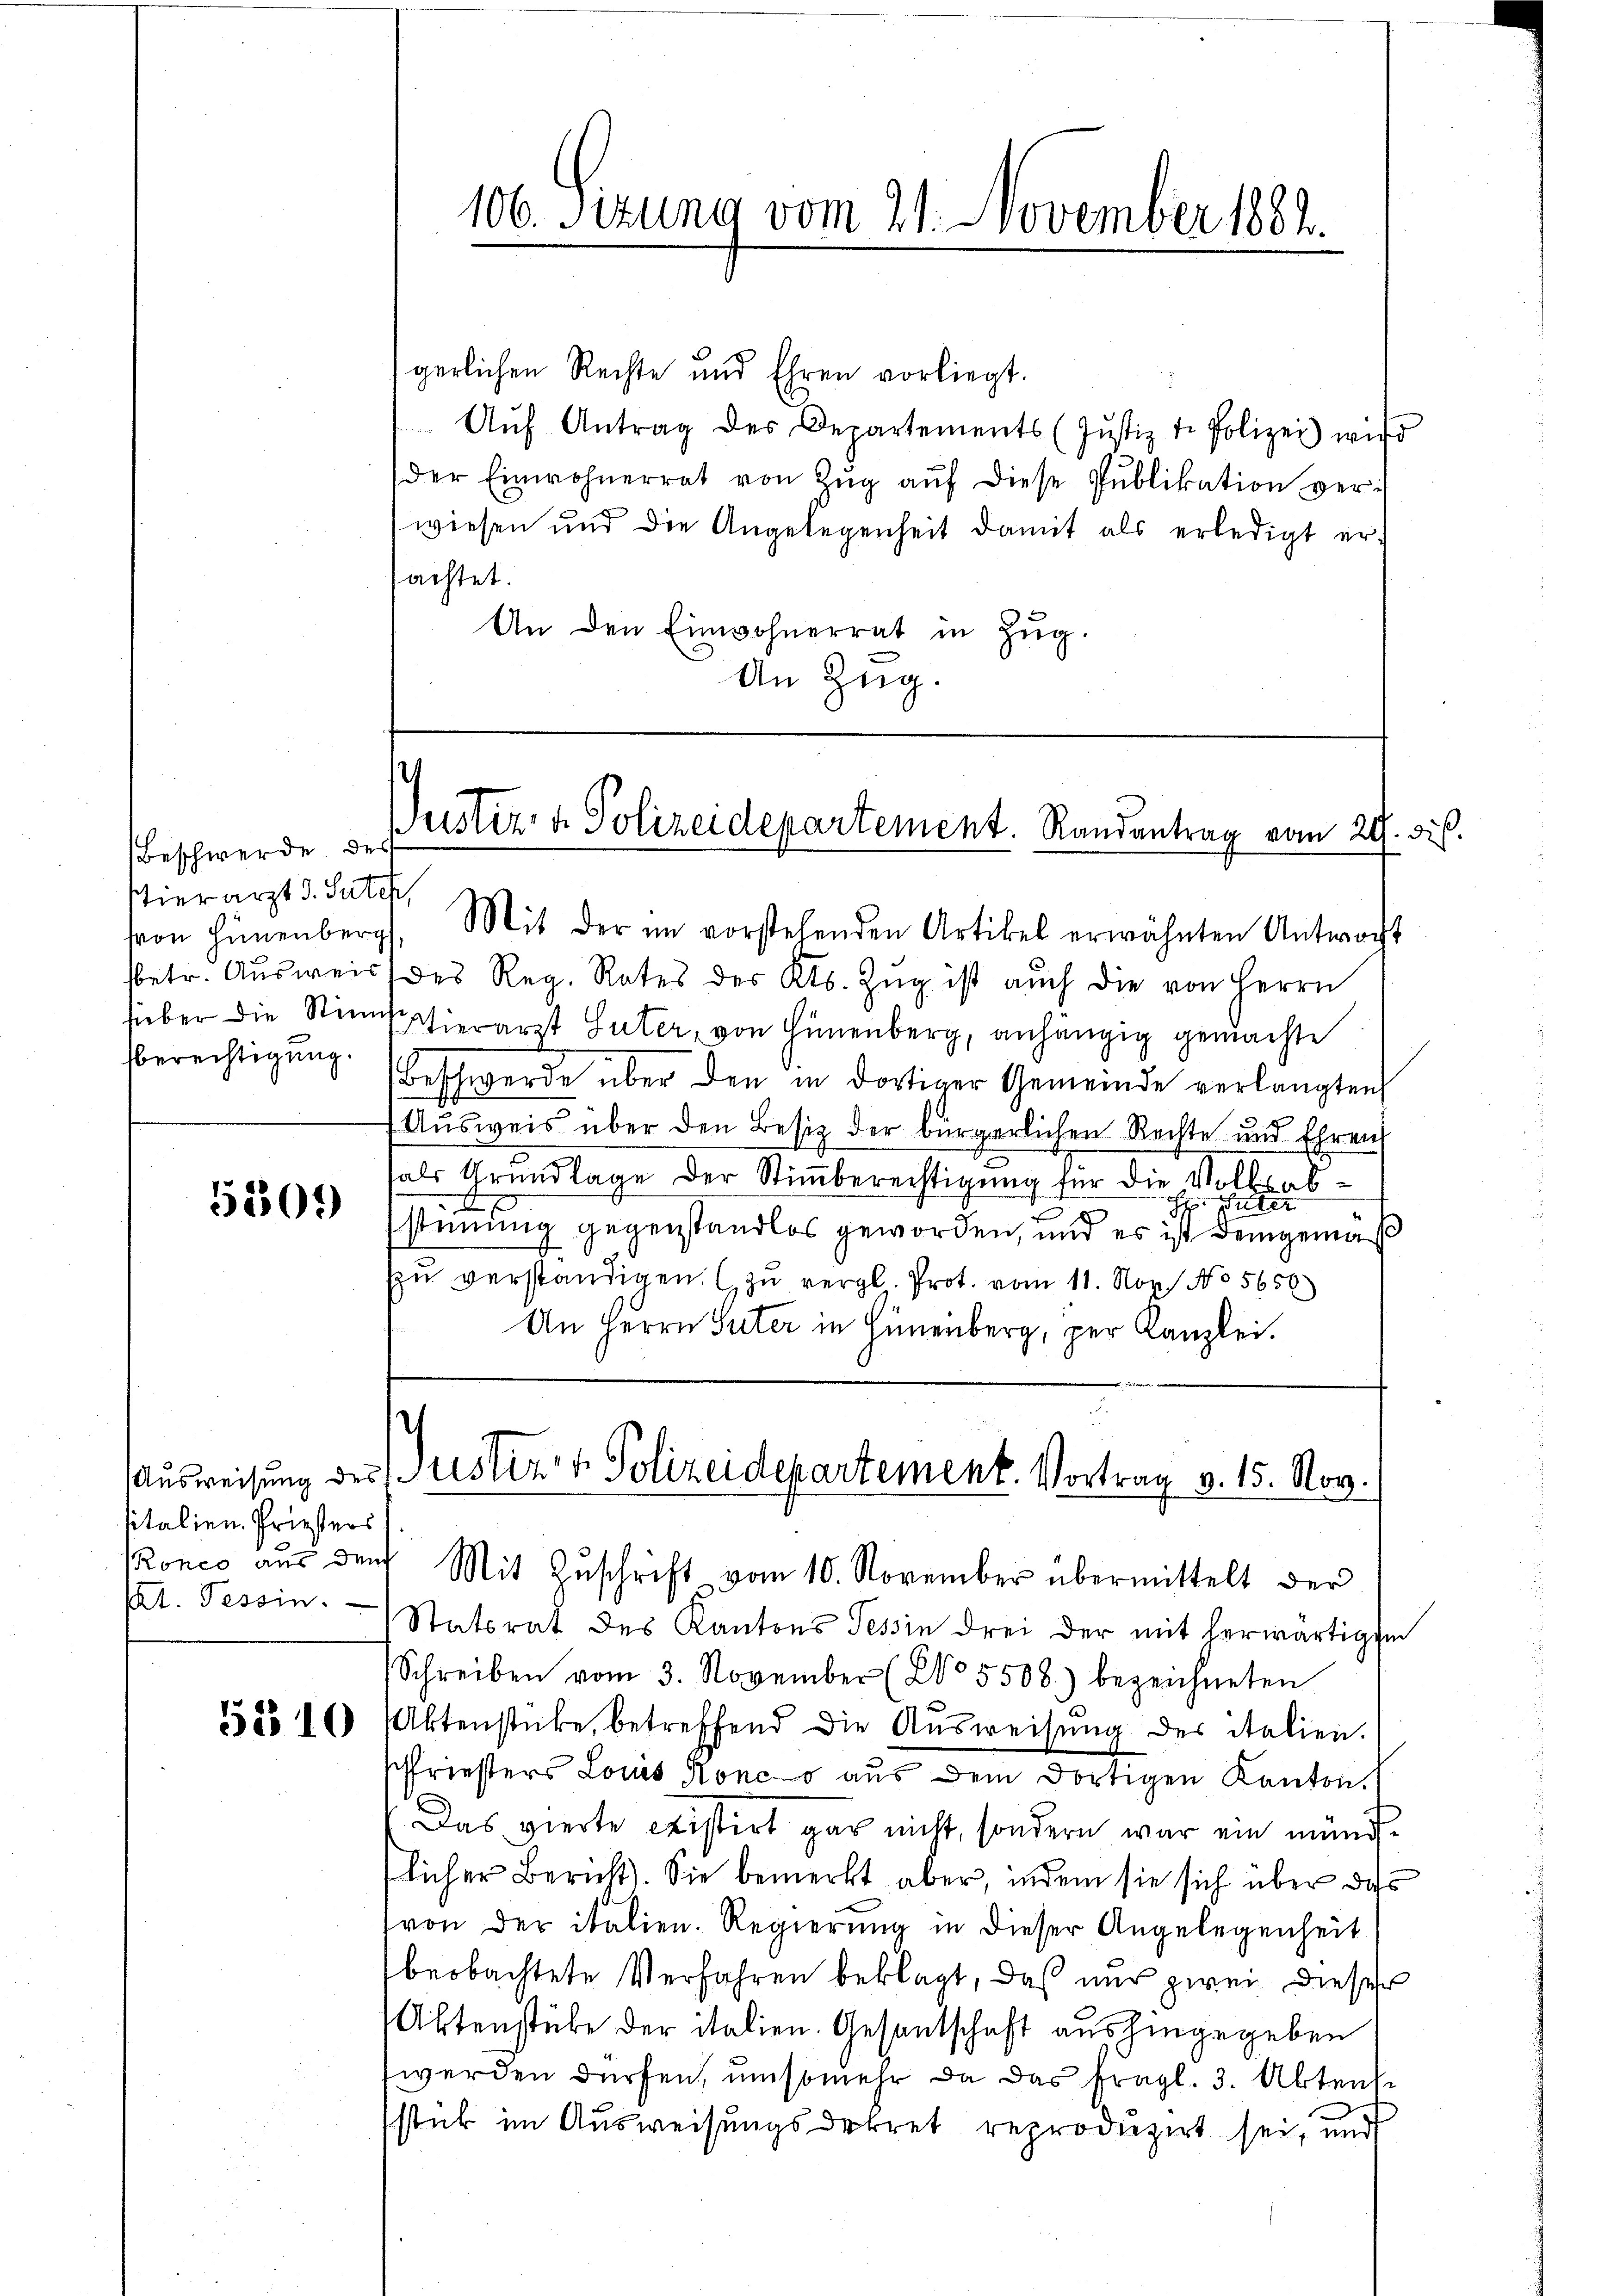
Beschwerde des
stierarzt d. Suter,
berechtigung.

5509

sitalien. Priesters
t. Tessin.

5210

gerlichen Rechte und Ehren vorliegt.
Aŭf Antrag des Departements (Justiz & Polizei wird
der Einwohnerrat von Zŭg aŭf diese Pŭblikation ver-
wiesen und die Angelegenheit damit als erledigt er-
sachtet.
An den Einwohnerrat in Zug.
An Zug.

106. Sizung vom 21. November 1882.

Justiz- & Polizeidepartement. Randantrag vom 20. dis.

Ausweisung des Justiz- & Polizeidepartement. Vortrag v. 15. Nov.
Ponco aus dem Mit Zuschrift vom 10. November übermittelt der

von Hünenberg. Mit der im vorstehenden Artikel erwähnten Antwocht
sbetr. Ausweis des Reg. Rates des Kts. Zŭg ist auch die von Herrn
sieber die Stimphierarzt Suter, von Hünenberg, anhängig gemachte
Beschwerde über den in dortiger Gemeinde verlangten
Ausweis über den Besitz der bürgerlichen Rechte und Ehren
als Grundlage der Stimmberechtigung für die Volksab¬
Suter
d
stimmung gegenstandlos geworden, und es ist demgemäß
zŭ verständigen. (zu vergl. Prot. vom 11. Nov. 1. No 5659)
An Herrn Suter in Hünenberg, per Kanzlei.

Statsrat des Kantons Tessin drei der mit herwärtigten
Schreiben vom 3. November (No 5508) bezeichneten
Aktenstücke, betreffend die Ausweisung des italien.
Priesters Louis Konc o aus dem dortigen Kanton.
Das vierte Sistirt gar nicht, sondern war ein mündflicher Bericht. Sie bemerkt aber, indem sie sich über das
von der italien. Regierung in dieser Angelegenheit
beobachtete Verfahren beklagt, daß nur zwei dieser
Aktenstube der italien. Gesentschaft aushingegeben
werden dürfen, umsomehr da das fragl. 3. Aktens
sstück im Ausweisungsdekret reproduzirt sei, und